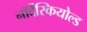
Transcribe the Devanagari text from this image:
नॉर्देंस्कियोल्ड